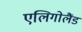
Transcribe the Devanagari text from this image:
एलिगोलैंड